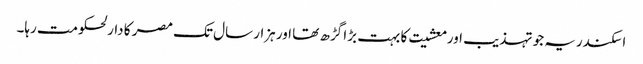
اسکندریہ جو تہذیب اور معشیت کا بہت بڑا گڑھ تھا اور ہزار سال تک مصر کا دارلحکومت رہا۔